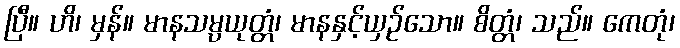
ပြီ။ ဟိ၊ မှန်။ မာနသမ္ပယုတ္တံ၊ မာနနှင့်ယှဉ်သော။ စိတ္တံ၊ သည်။ ကေတုံ၊